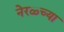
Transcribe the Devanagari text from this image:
नेरळ्च्या